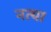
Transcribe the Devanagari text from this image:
नत्या